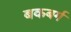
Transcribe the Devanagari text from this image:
बकबर्ग